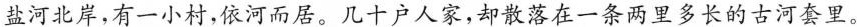
盐河北岸,有一小村,依河而居。几十户人家,却散落在一条两里多长的古河套里。